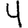
Digit: 4